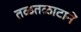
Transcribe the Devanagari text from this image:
तळतळाटानें